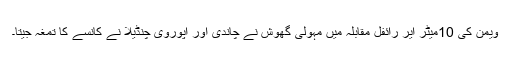
ویمن کی 10میٹر ایر رائفل مقابلہ میں مہولی گھوش نے چاندی اور اپوروی چنڈیلا نے کانسے کا تمغہ جیتا۔